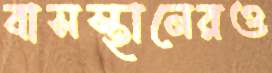
বাসস্থানেরও